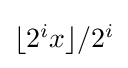
{\textstyle \lfloor 2^{i}x\rfloor /2^{i}}